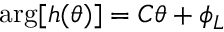
\arg [ { h ( \theta ) } ] = C \theta + \phi _ { L }